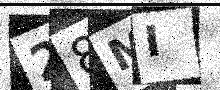
Text: 28MI